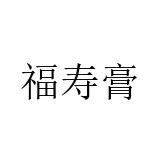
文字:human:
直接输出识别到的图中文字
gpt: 福寿膏